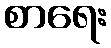
စာရေး